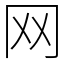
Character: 网